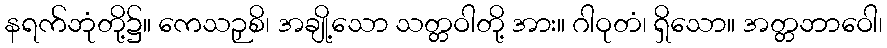
နရက်ဘုံတို့၌။ ကေသဉှစိ၊ အချို့သော သတ္တဝါတို့ အား။ ဂါဝုတံ၊ ရှိသော။ အတ္တဘာဝေါ၊